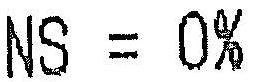
NS = 0%